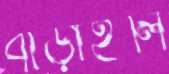
বাড়াইলি